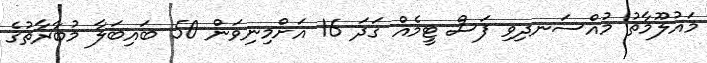
މައުލޫމާތު މުއްސަނދިވި ފަސް ޓީމެއް ގަދަ 16 އަށްމިނިވަން 50 ބައިބަލާ މުބާރާތުގެ